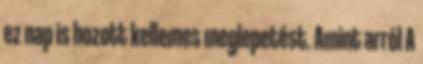
ez nap is hozott kellemes meglepetést. Amint arról A